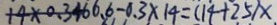
+ 4 \times 0 . 3 4 6 6 . 6 - 0 . 3 \times 1 4 = ( 1 4 + 2 5 ) x .